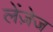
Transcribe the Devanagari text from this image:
लेंज़ेज